Vital statistics of India. Vol. IV, Annual returns from 1871 to 1876. British Army of India, Native Army and jails of Bengal
Year: 1871
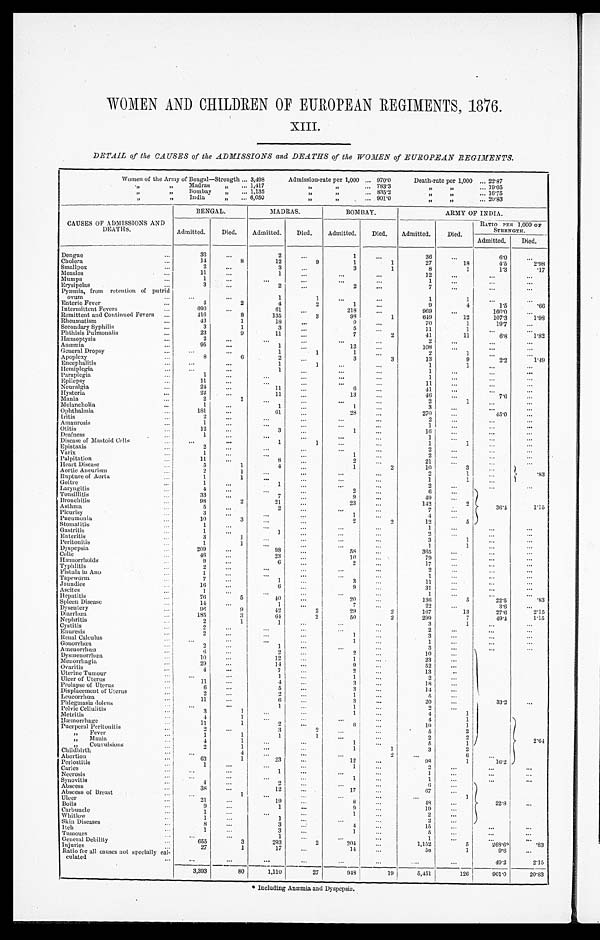
WOMEN AND CHILDREN OF EUROPEAN REGIMENTS, 1876.
XIII.
DETAIL of the CAUSES of the ADMISSIONS and DEATHS of the WOMEN of EUROPEAN REGIMENTS.
Women of the Army of Bengal—Strength 3,498
Admission-rate per 1,000 970.0
Death-rate per 1,000 22. 87
„ „ M a d r a s „ 1,417
„ „
783.3
„ „ 19.05
„ „ Bombay „
1,135
„ „
835.2
„ „
16. 75
„ „ India „
6,050
„ „
901.0
„ „
20. 83
BENGAL.
MADRAS.
BOMBAY.
ARMY OF INDIA.
CAUSES OF. ADMISSIONS AND
DEATHS
Admitted. Died. Admitted. Di ed.
Admitted. Died. Admitted. Di ed.
RATIO PER 1, 000 OF
STRENGTH.
Admitted. Died.
Dengue
33
2
1
36
6.0
Cholera
14
8
12
9
1 1
27
18
4.5
2.98
Smallpox
2
3
3
1
8
1
1.3
. 1 7
Measles
11
1
12
Mumps
1
1
Erysipelas
3
2
2
7
Pyæmia, from retention of putrid
ovum
1
1
1
1
Enteric Fever
4
2
4
2
1
9
4
1.5
. 6 6
Intermittent Fevers
690
6 1
218
969
160.0
Remittent and Continued Fevers
416
8
135
3
98
1
649
12
107.3
1.98
Rheumatism
43
1
18
9
70
1
19.7
Secondary Syphilis
3
1
3
5
11
1
Phthisis Pulmonalis
23
9
11
7
2
41
11
6.8
1.82
Hæmoptysis
2
2
Anæmia
95
1
12
108
General Dropsy
1
1
1
2
1
Apoplexy
8
6
2
3
3
13
9
2.2
1.49
Encephalitis
1
1
1
1
Hemiplegia
1
1
Paraplegia
1
1
Epilepsy
11
11
Neuralgia
24
11
6
41
Hysteria
2 2
11
13
46
7.6
Mania
2
1
2
1
Melancholia
1
1
1
3
Ophthalmia
181
61
28
270
45.0
I r i t i s
2
2
Amanrosis
1
1
Otitis
12
3
1
16
Deafness
1
1
Disease of Mastoid Cells
1
1
1
1
Epistaxis
2
2
Varix
1
1
2
Palpitation
1 1
8
2
21
Heart Disease
5
1
4
1
2
10
3
.83
A o r t i c A n e u r i s m 2
1
2
1
Rupture of Aorta
1
1
1
1
Goitre
1
1
2
3 6 . 4
L a r y n g i t i s
4
2
6
T o n s i l l i t i s
33
7
9
49
Bronchitis
98
2
21
23
142
2
1 . 1 5
Asthma
5
2
7
Pleurisy
3
1
4
Pneumonia
10
3
2
2
12
5
Stomatitis
1
1
Gastritis
1
1
2
.
Enteritis
3
1
3
1
Peritonitis
1
1
1
1
Dyspepsia
209
98
58
365
Colic
46
23
10
79
Hæmorrhoids
9
6
2
17
Typhlitis
2
2
Fistula in Ano
1
1
Tapeworm
7
1
3
11
Jaundice
16
6
9
31
Ascitee
1
1
Hepatitis
76
5
40
20
136
5
22.5
.83
Spleen Disease
14
1
7
22
3.6
Dysentery
96
9
42
2
29
2
167
13
27.6
2.15
Diarrhœa
185
3
64
2
50
2
299
7
49.4
1.15
Nephritis
2
1
1
3
1
Cystitis
2
2
Enuresis
2
1
3
Renal Calculus
1
1
Gonorrhœa
2
1
3
Amenorrhœa
6
2
2
10
33.2
Dysmenorrhœa
10
12
1
23
Menorrhagia
29
14
9
52
Ovaritis
4
7
2
13
Uterine Tumour
1
1
2
Ulcer of Uterus
11
4
3
1 8
Prolapse of Uterus
6
5
3
14
Displacement of Uterus
2
2
1
5
Leucorrhœa
11
6
3
20
Phlegmasia dolens
1
1
4
1
Pelvic Cellulitis
3
1
1
4
1
Metritis
4
1
4
1
2. 64
Hæmorrhage
11
1
2
6
1 9
1
Puerperal Peritonitis
2
3
2
5
2
„ Fever
1
1
1
1
2
2
„ Mania
4
1
1
5
1
„ C o n v u l s i o n s
2
1
1
1
3
2
Childbirth
4
2
6
Abortion
63
1
23
12
98
1
1 6 . 2
Periostitis
1
1
2
Caries
1
1
N e c r o s e s
1
1
Synovitis
4
2
6
22.8
Abscess
38
12
17
67
Abscess of Breast
1
1
Ulcer
21
19
8
48
Boils
9
1
9
19
Carbuncle
1
1
2
Whitlow
1
1
2
Skin Diseases
8
3
4
15
Itch
1
3
1
5
Tumours
1
1
General Debility
655
3
293
2
2 0 4
1,152
5
268. 6*
.83
Injuries Ratio for all causes not specially cal-
culated
27
1
17
14
58
9 . 6
49.2
2. 15
3,393
80
1,110
27
948
19
5,451
126
901.0
20.83
* I n c l u d i n g A n æ m i a a n d D y s p e p s i a .